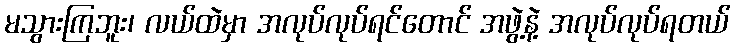
မသွားကြဘူး၊ လယ်ထဲမှာ အလုပ်လုပ်ရင်တောင် အဖွဲ့နဲ့ အလုပ်လုပ်ရတယ်